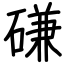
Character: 磏